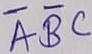
Text: ABC